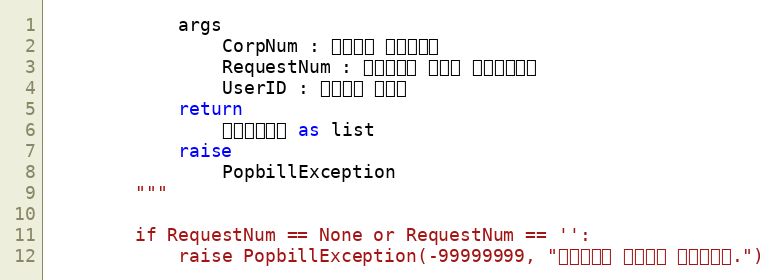
Language: Python
            args
                CorpNum : 팝빌회원 사업자번호
                RequestNum : 전송요청시 할당한 전송요청번호
                UserID : 팝빌회원 아이디
            return
                팩스전송정보 as list
            raise
                PopbillException
        """

        if RequestNum == None or RequestNum == '':
            raise PopbillException(-99999999, "요청번호가 입력되지 않았습니다.")